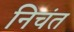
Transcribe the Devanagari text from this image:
निचंत